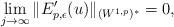
LaTeX: \begin{align*}\lim_{j\to\infty}\|E_{p,\epsilon}'(u)\|_{(W^{1,p})^*}=0,\end{align*}